Leaving Certificate Examination, 1910
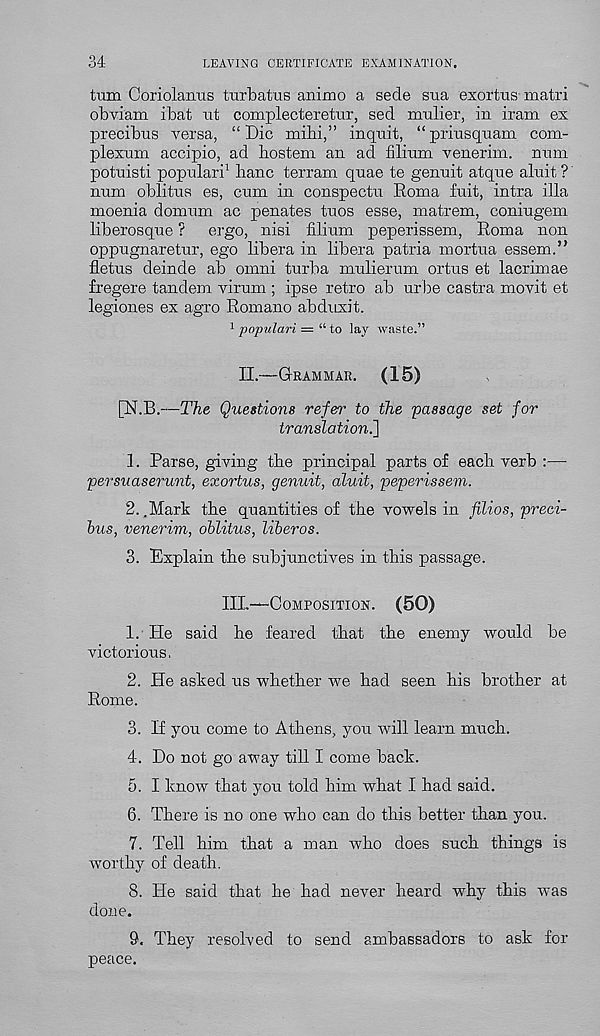
34
LEAVING CERTIFICATE EXAMINATION.
turn Coriolanus frurbafrus animo a sede sua exorfrus matri
obviam ibat tit complecteretur, sed nrnlier, in iram ex
precibns versa, “ Die mibi,” inqnit, “ priusqnam com-
plexum accipio, ad bostem an ad filinm venerim. nnm
potuisti popnlari 1 banc terrain quae te genuit atque aluit ?
num oblitus es, cum in conspectu Roma fuit, intra ilia
moenia domum ac penates tuos esse, matrem, coniugem
liberosque ? ergo, nisi filium peperissem, Roma non
oppugnaretur, ego libera in libera patria mortua essem.”
fletus deinde ab omni turba mulierum ortus et lacrimae
fregere tandem virum ; ipse retro ab urbe castra movit et
legiones ex agro Romano abduxit.
1 populari = “ to lay waste.”
II.—Grammar.
(15)
[N.B.—The Questions refer to the passage set for
translation.]
1. Parse, giving tbe principal parts of eacb verb :—
persuaserunt, exortus, genuit, aluit, peperissem.
2. .Mark tbe quantities of tbe vowels in filios, preci-
hus, venerim, oblitus, liberos.
3. Explain tbe subjunctives in this passage.
IIL—-Composition. (50)
1. He said he feared that tbe enemy would be
victorious,
2. He asked us whether we bad seen bis brother at
Rome.
3. H you come to Athens, you will learn much.
4. Do not go away till I come back.
5. I know that you told him what I bad said.
6. There is no one who can do this better than you.
7. Tell him that a man who does such things is
worthy of death.
8. He said that he had never heard why this was
done.
9. They resolved to send ambassadors to ask for
peace.